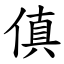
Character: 傎